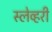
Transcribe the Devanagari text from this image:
स्लेव्हरी